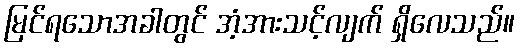
မြင်ရသောအခါတွင် အံ့အားသင့်လျက် ရှိလေသည်။